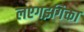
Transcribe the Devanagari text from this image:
लएगइगिक्ता